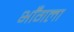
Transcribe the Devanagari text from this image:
भाँगला